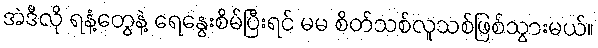
အဲဒီလို ရနံ့တွေနဲ့ ရေနွေးစိမ်ပြီးရင် မမ စိတ်သစ်လူသစ်ဖြစ်သွားမယ်။